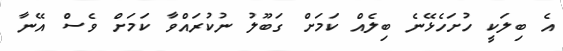
އެ ބިލަކީ ހުށަހެޅޭނެ ބިލެއް ކަމަށް ގަބޫލު ނުކުރައްވާ ކަމަށް ވެސް އޭނާ